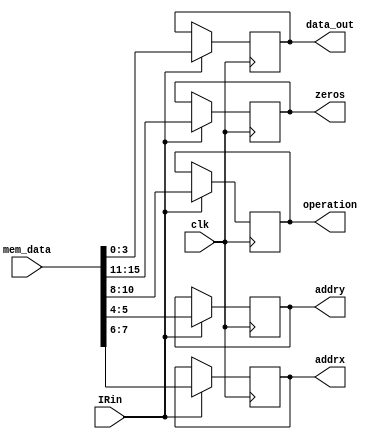
module Lab3_IR(
	input [15:0] mem_data,
	input clk,
	input IRin,
    output reg [3:0] data_out,    
	output reg [1:0] addrx,   
	output reg [1:0] addry,   
	output reg [2:0] operation, 
	output reg [4:0] zeros     
);
	
	always@(posedge clk)
    begin
        if(IRin)
        begin
            zeros    <= mem_data[15:11];
            operation<= mem_data[10:8];
            addrx    <= mem_data[7:6];
            addry    <= mem_data[5:4];
            data_out <= mem_data[3:0];
        end
    end
	


endmodule